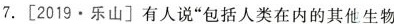
7. [2019 · 乐山]有人说”包括人类在内的其他生物